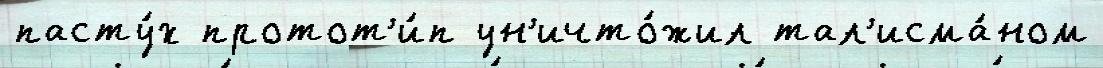
пасту́х протот'и́п ун'ичто́жил тал'исма́ном